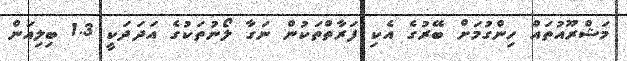
މަޝްރޫއުތައް ހިންގުމަށް ބޭރުގެ އެކި ފަރާތްތަކުން ނަގާ ލޯނުތަކުގެ އަދަދަކީ 1.3 ބިލިއަން